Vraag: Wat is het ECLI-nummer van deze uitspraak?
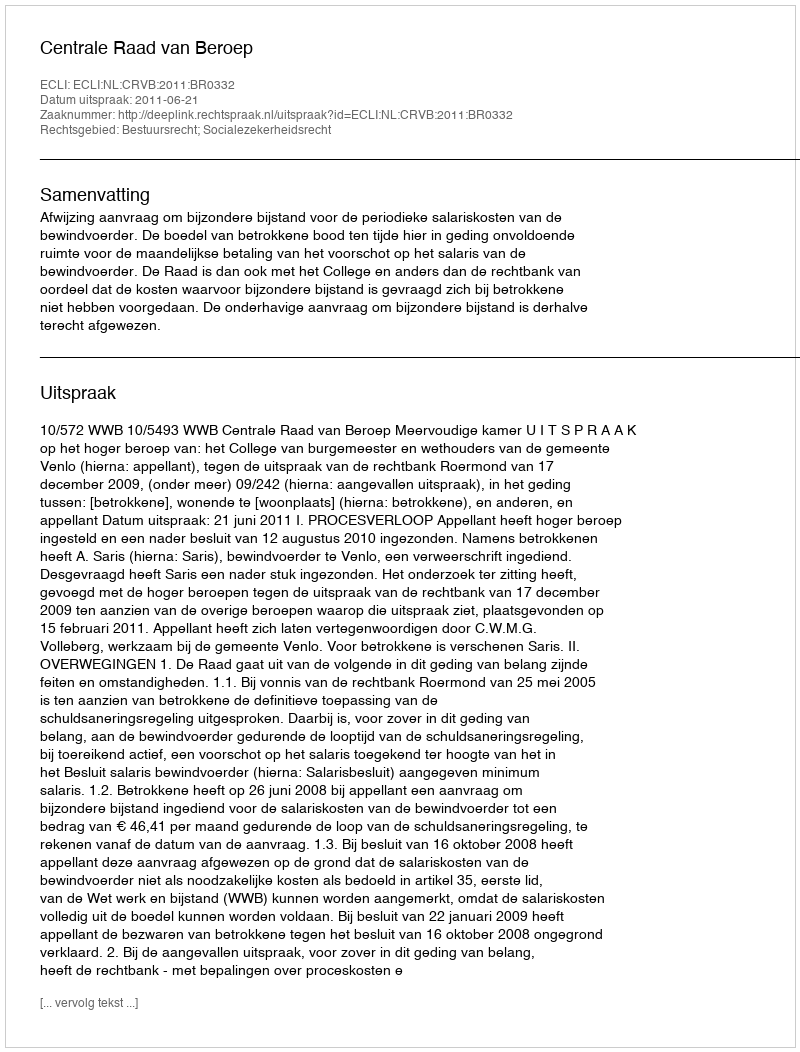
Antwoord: ECLI:NL:CRVB:2011:BR0332